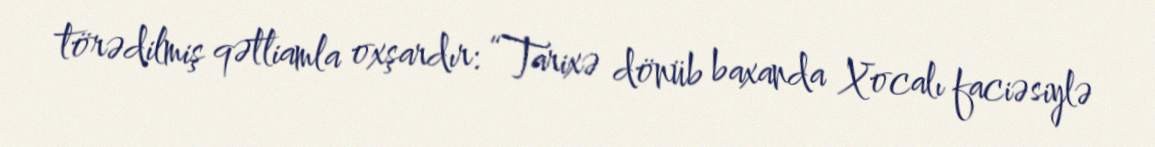
törədilmiş qətliamla oxşardır: “Tarixə dönüb baxanda Xocalı faciəsiylə